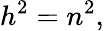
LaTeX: h^{2}=n^{2},